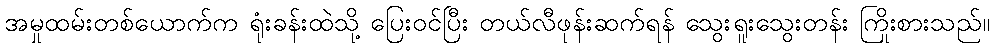
အမှုထမ်းတစ်ယောက်က ရုံးခန်းထဲသို့ ပြေးဝင်ပြီး တယ်လီဖုန်းဆက်ရန် သွေးရူးသွေးတန်း ကြိုးစားသည်။